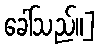
ခေါ်သည်။]